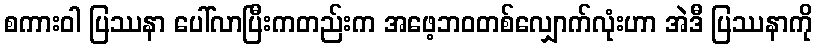
စကားဝါ ပြဿနာ ပေါ်လာပြီးကတည်းက အဖေ့ဘဝတစ်လျှောက်လုံးဟာ အဲဒီ ပြဿနာကို